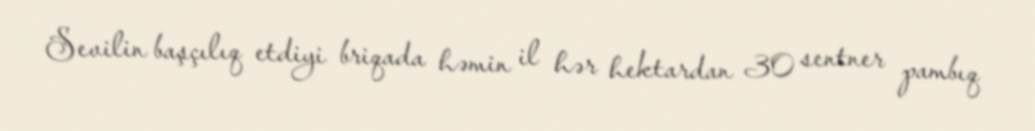
Sevilin başçılıq etdiyi briqada həmin il hər hektardan 30 sentner pambıq